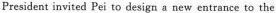
President invited Pei to design a new entrance to the